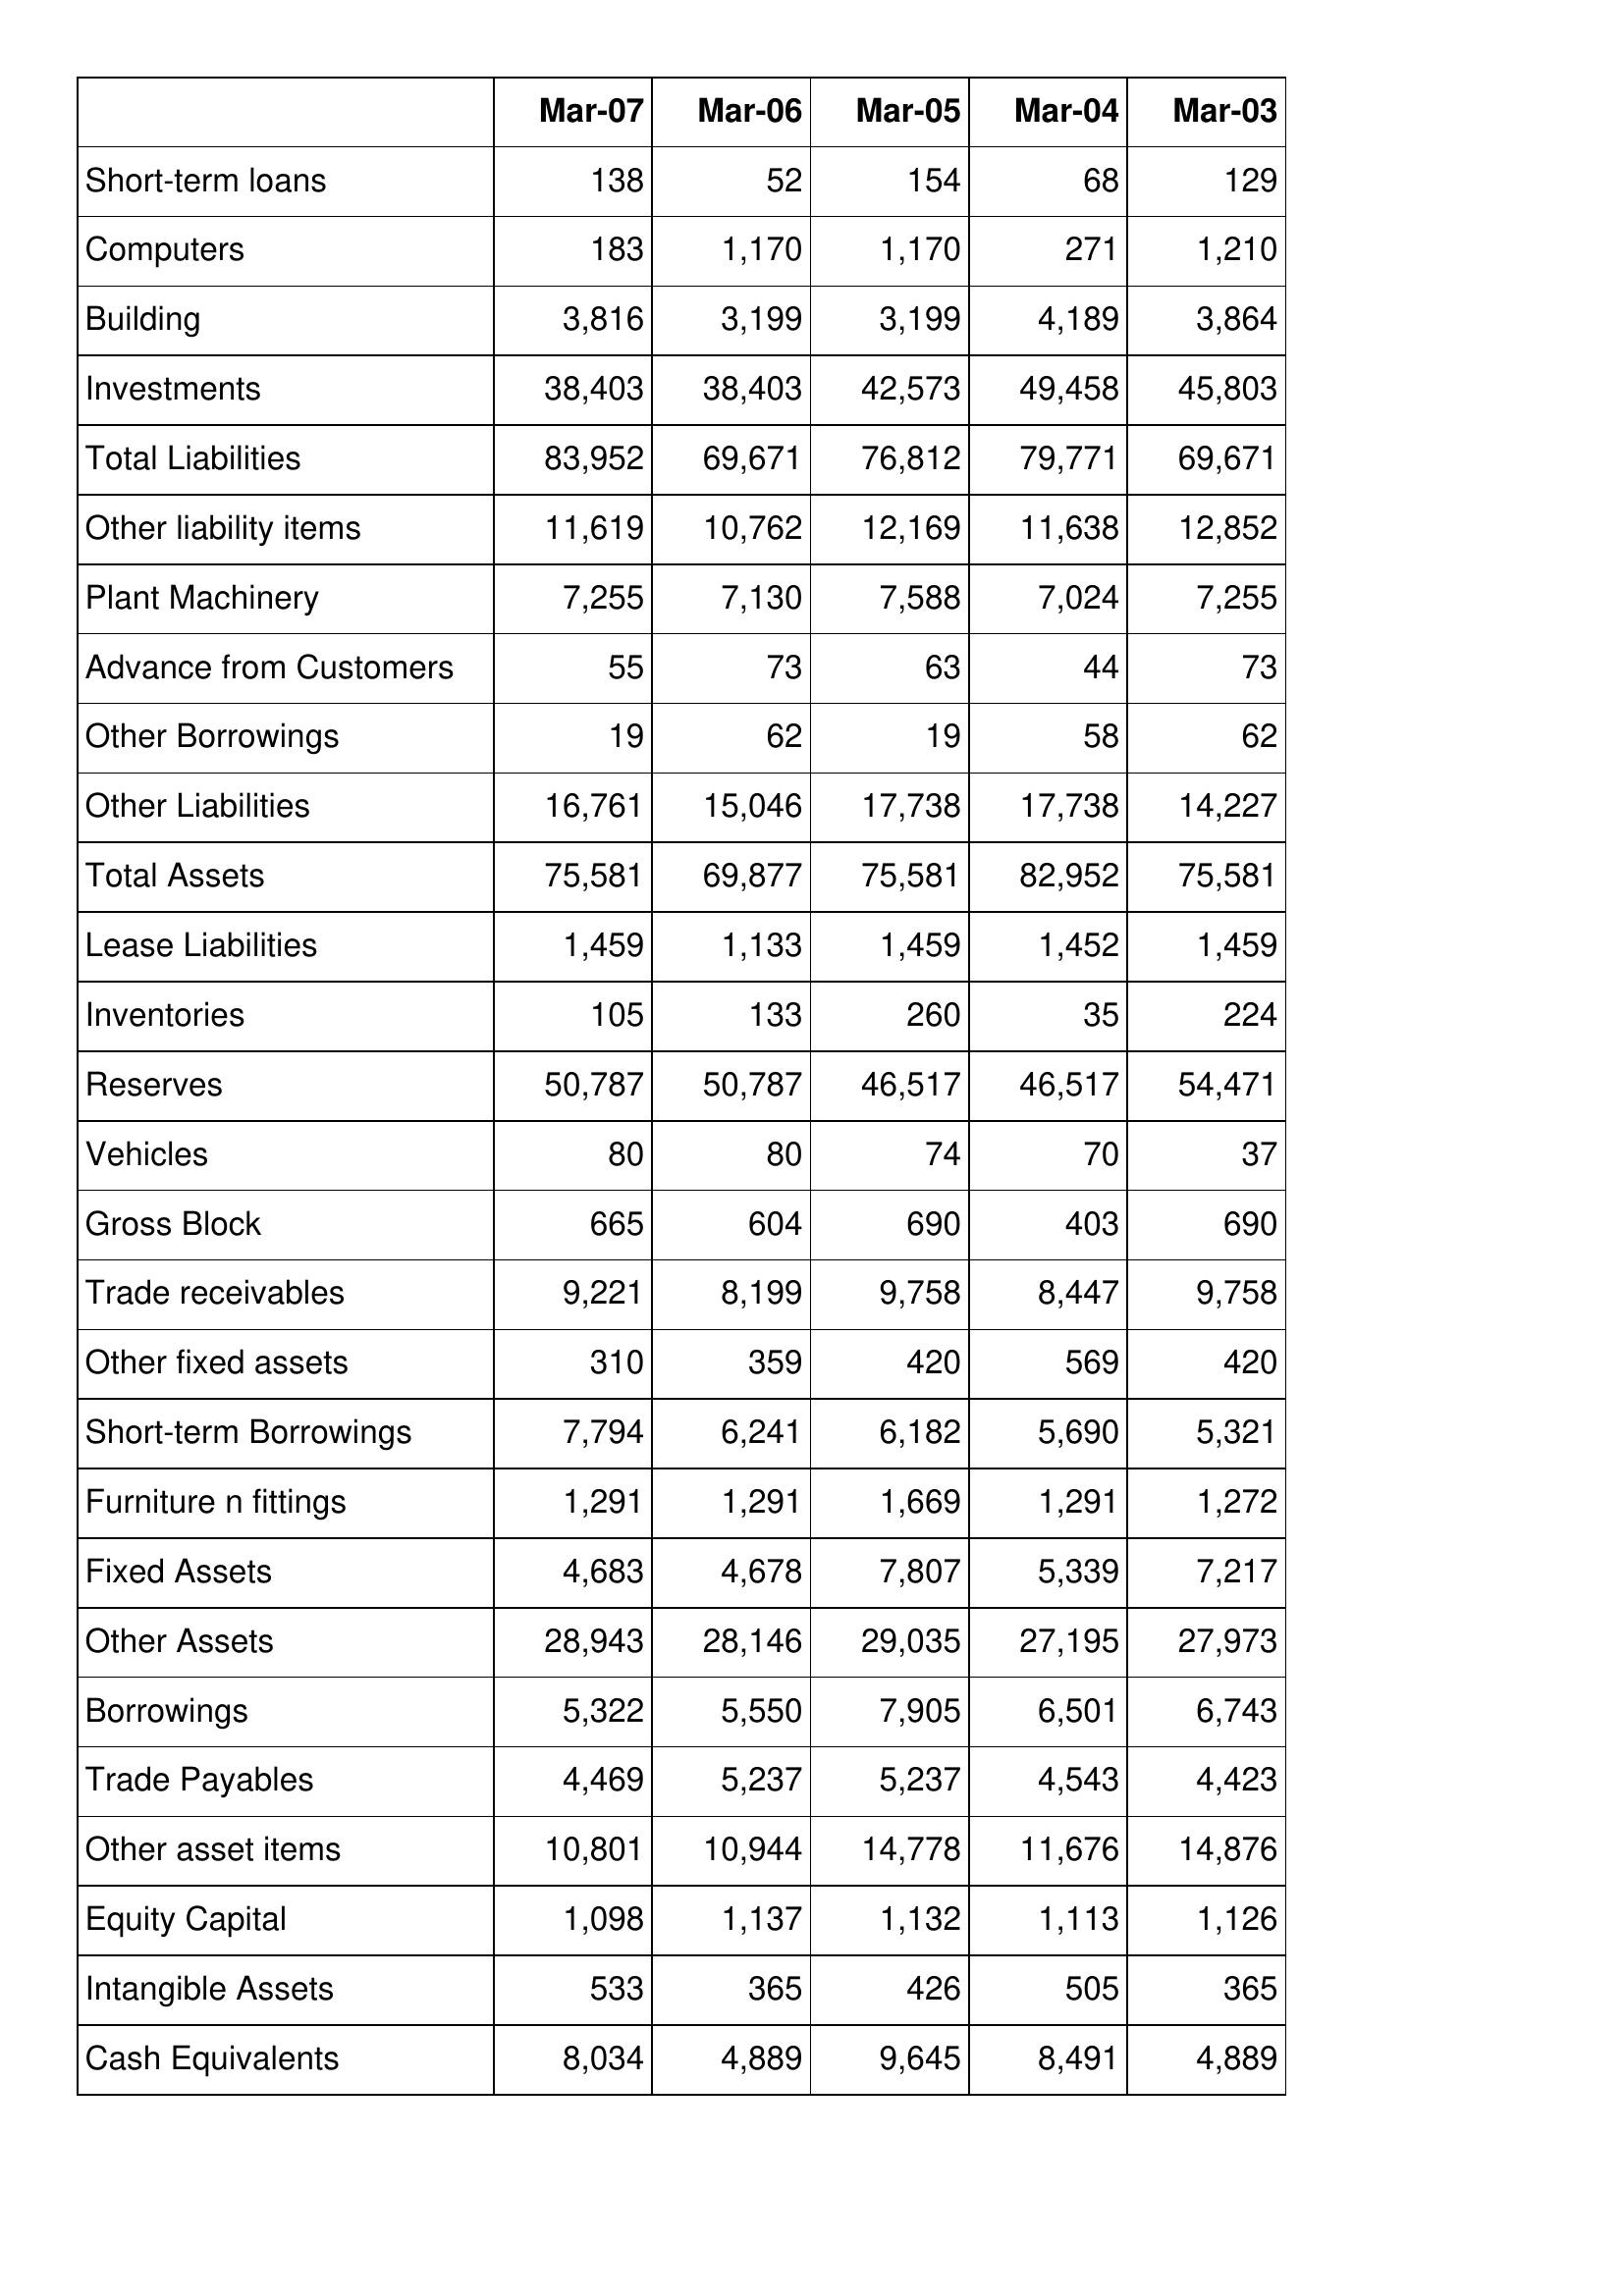
Mar-07: Balance Sheet: Short-term loans: 138
Computers: 183
Building: 3,816
Investments: 38,403
Total Liabilities: 83,952
Other liability items: 11,619
Plant Machinery: 7,255
Advance from Customers: 55
Other Borrowings: 19
Other Liabilities: 16,761
Total Assets: 75,581
Lease Liabilities: 1,459
Inventories: 105
Reserves: 50,787
Vehicles: 80
Gross Block: 665
Trade receivables: 9,221
Other fixed assets: 310
Short-term Borrowings: 7,794
Furniture n fittings: 1,291
Fixed Assets: 4,683
Other Assets: 28,943
Borrowings: 5,322
Trade Payables: 4,469
Other asset items: 10,801
Equity Capital: 1,098
Intangible Assets: 533
Cash Equivalents: 8,034
Mar-06: Balance Sheet: Short-term loans: 52
Computers: 1,170
Building: 3,199
Investments: 38,403
Total Liabilities: 69,671
Other liability items: 10,762
Plant Machinery: 7,130
Advance from Customers: 73
Other Borrowings: 62
Other Liabilities: 15,046
Total Assets: 69,877
Lease Liabilities: 1,133
Inventories: 133
Reserves: 50,787
Vehicles: 80
Gross Block: 604
Trade receivables: 8,199
Other fixed assets: 359
Short-term Borrowings: 6,241
Furniture n fittings: 1,291
Fixed Assets: 4,678
Other Assets: 28,146
Borrowings: 5,550
Trade Payables: 5,237
Other asset items: 10,944
Equity Capital: 1,137
Intangible Assets: 365
Cash Equivalents: 4,889
Mar-05: Balance Sheet: Short-term loans: 154
Computers: 1,170
Building: 3,199
Investments: 42,573
Total Liabilities: 76,812
Other liability items: 12,169
Plant Machinery: 7,588
Advance from Customers: 63
Other Borrowings: 19
Other Liabilities: 17,738
Total Assets: 75,581
Lease Liabilities: 1,459
Inventories: 260
Reserves: 46,517
Vehicles: 74
Gross Block: 690
Trade receivables: 9,758
Other fixed assets: 420
Short-term Borrowings: 6,182
Furniture n fittings: 1,669
Fixed Assets: 7,807
Other Assets: 29,035
Borrowings: 7,905
Trade Payables: 5,237
Other asset items: 14,778
Equity Capital: 1,132
Intangible Assets: 426
Cash Equivalents: 9,645
Mar-04: Balance Sheet: Short-term loans: 68
Computers: 271
Building: 4,189
Investments: 49,458
Total Liabilities: 79,771
Other liability items: 11,638
Plant Machinery: 7,024
Advance from Customers: 44
Other Borrowings: 58
Other Liabilities: 17,738
Total Assets: 82,952
Lease Liabilities: 1,452
Inventories: 35
Reserves: 46,517
Vehicles: 70
Gross Block: 403
Trade receivables: 8,447
Other fixed assets: 569
Short-term Borrowings: 5,690
Furniture n fittings: 1,291
Fixed Assets: 5,339
Other Assets: 27,195
Borrowings: 6,501
Trade Payables: 4,543
Other asset items: 11,676
Equity Capital: 1,113
Intangible Assets: 505
Cash Equivalents: 8,491
Mar-03: Balance Sheet: Short-term loans: 129
Computers: 1,210
Building: 3,864
Investments: 45,803
Total Liabilities: 69,671
Other liability items: 12,852
Plant Machinery: 7,255
Advance from Customers: 73
Other Borrowings: 62
Other Liabilities: 14,227
Total Assets: 75,581
Lease Liabilities: 1,459
Inventories: 224
Reserves: 54,471
Vehicles: 37
Gross Block: 690
Trade receivables: 9,758
Other fixed assets: 420
Short-term Borrowings: 5,321
Furniture n fittings: 1,272
Fixed Assets: 7,217
Other Assets: 27,973
Borrowings: 6,743
Trade Payables: 4,423
Other asset items: 14,876
Equity Capital: 1,126
Intangible Assets: 365
Cash Equivalents: 4,889